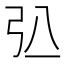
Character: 𢎲